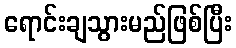
ရောင်းချသွားမည်ဖြစ်ပြီး